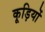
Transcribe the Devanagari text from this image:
कूड़ियों